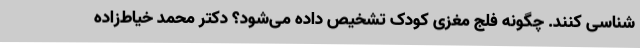
شناسی کنند. چگونه فلج مغزی کودک تشخیص داده می‌شود؟ دکتر محمد خیاط‌زاده